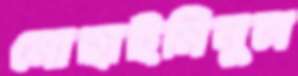
মোহাইমিনুল